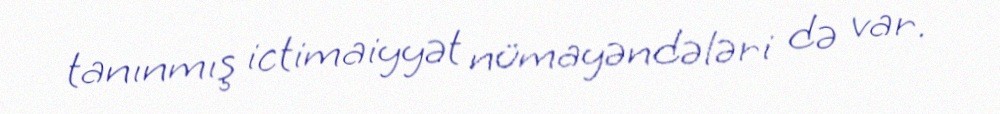
tanınmış ictimaiyyət nümayəndələri də var.